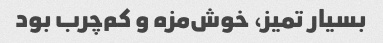
بسیار تمیز، خوش‌مزه و کم‌چرب بود